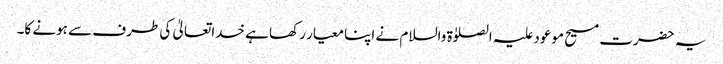
یہ حضرت مسیح موعود علیہ الصلوٰۃ والسلام نے اپنا معیار رکھا ہے خداتعالیٰ کی طرف سے ہونے کا۔